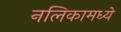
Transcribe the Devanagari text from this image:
नलिकामध्ये